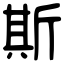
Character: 斯